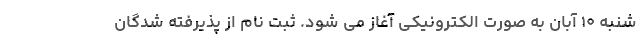
شنبه ۱۰ آبان به صورت الکترونیکی آغاز می شود. ثبت نام از پذیرفته شدگان